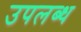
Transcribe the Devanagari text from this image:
उपल्‍ाब्‍ध